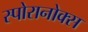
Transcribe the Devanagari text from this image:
स्पोरानोक्स